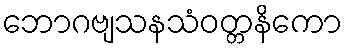
ဘောဂဗျသနသံဝတ္တနိကော